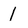
Character: 1